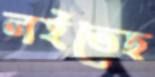
লইতেছ